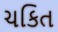
ચકિત